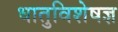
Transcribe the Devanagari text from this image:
धातुविशेषज्ञ